Elephants and their diseases
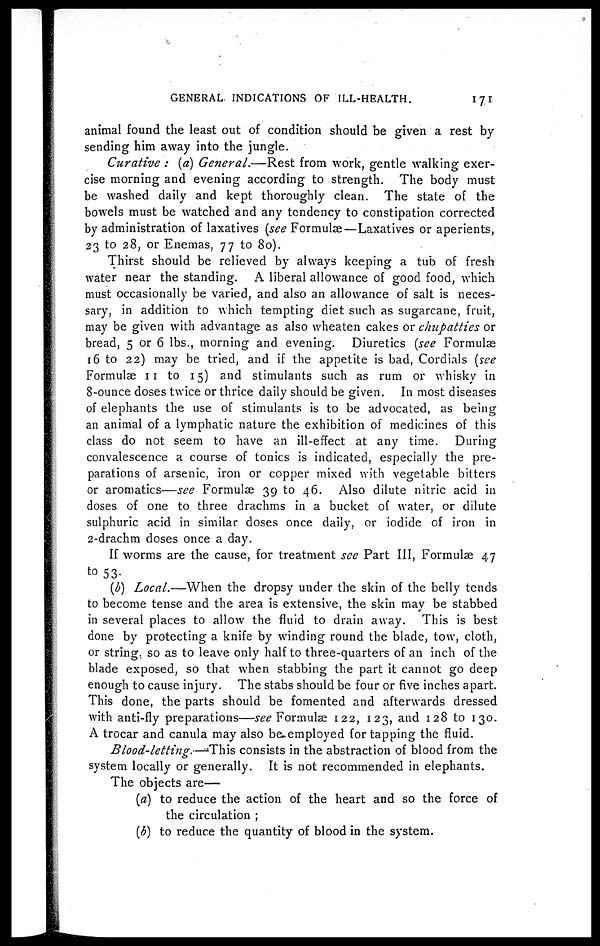
GENERAL INDICATIONS OF ILL-HEALTH.
171
animal found the least out of condition should be given a rest by
sending him away into the jungle.
Curative : {a) General.—Rest from work, gentle walking exer-
cise morning and evening according to strength. The body must
be washed daily and kept thoroughly clean. The state of the
bowels must be watched and any tendency to constipation corrected
by administration of laxatives (see Formulæ—Laxatives or aperients,
23 to 28, or Enemas, 77 to 80).
Thirst should be relieved by always keeping a tub of fresh
water near the standing. A liberal allowance of good food, which
must occasionally be varied, and also an allowance of salt is neces-
sary, in addition to which tempting diet such as sugarcane, fruit,
may be given with advantage as also wheaten cakes or chupatties or
bread, 5 or 6 lbs., morning and evening. Diuretics (see Formulae
16 to 22) may be tried, and if the appetite is bad, Cordials (see
Formulae 11 to 15) and stimulants such as rum or whisky in
8-ounce doses twice or thrice daily should be given. In most diseases
of elephants the use of stimulants is to be advocated, as being
an animal of a lymphatic nature the exhibition of medicines of this
class do not seem to have an ill-effect at any time. During
convalescence a course of tonics is indicated, especially the pre-
parations of arsenic, iron or copper mixed with vegetable bitters
or aromatics—see Formulae 39 to 46. Also dilute nitric acid in
doses of one to three drachms in a bucket of water, or dilute
sulphuric acid in similar doses once daily, or iodide of iron in
2-drachm doses once a day.
If worms are the cause, for treatment see Part III, Formulae 47
to 53.
(b) Local.—When the dropsy under the skin of the belly tends
to become tense and the area is extensive, the skin may be stabbed
in several places to allow the fluid to drain away. This is best
done by protecting a knife by winding round the blade, tow, cloth,
or string so as to leave only half to three-quarters of an inch of the
blade exposed, so that when stabbing the part it cannot go deep
enough to cause injury. The stabs should be four or five inches apart.
This done, the parts should be fomented and afterwards dressed
with anti-fly preparations—see Formulae 122, 123, and 128 to 130.
A trocar and canula may also be employed for tapping the fluid.
Blood-letting.—This
consists in the abstraction of blood from the
system locally or generally. It is not recommended in elephants.
The objects are—
{a) to reduce the action of the heart and so the force of
the circulation ;
(b) to reduce the quantity of blood in the system.